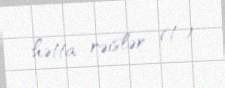
hətta rəislər (!).